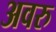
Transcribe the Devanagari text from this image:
अवरु